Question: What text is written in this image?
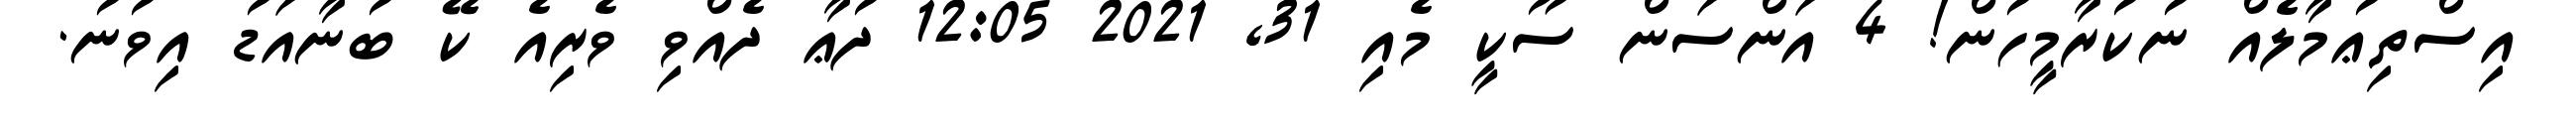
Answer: އިސްތިޢުމާލެއް ނުކުރާމީހުން! 4 އަންސަން ސޫކީ މެއި 31, 2021 12:05 ދުޢާ ދެއްވި ވެރިއެ ކޭ ބުނާއަޑު އިވުނު.